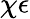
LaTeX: \chi\epsilon